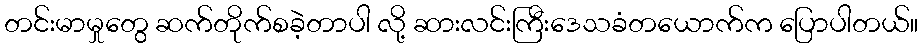
တင်းမာမှုတွေ ဆက်တိုက်စခဲ့တာပါ လို့ ဆားလင်းကြီးဒေသခံတယောက်က ပြောပါတယ်။